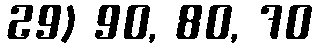
29) 90, 80, 70